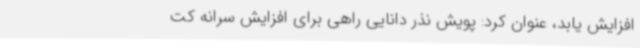
افزایش یابد، عنوان کرد: پویش نذر دانایی راهی برای افزایش سرانه کت